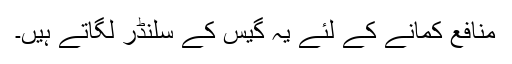
منافع کمانے کے لئے یہ گیس کے سلنڈر لگاتے ہیں۔